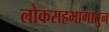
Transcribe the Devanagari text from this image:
लोकसहभागातुन